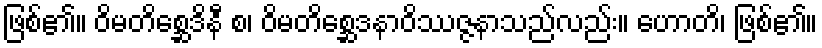
ဖြစ်၏။ ဝိမတိစ္ဆေဒိနီ စ၊ ဝိမတိစ္ဆေဒနာဝိဿဇ္ဇနာသည်လည်း။ ဟောတိ၊ ဖြစ်၏။